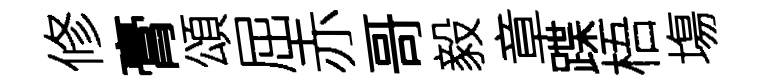
修膏頌屈赤哥毅章蹀梧塲